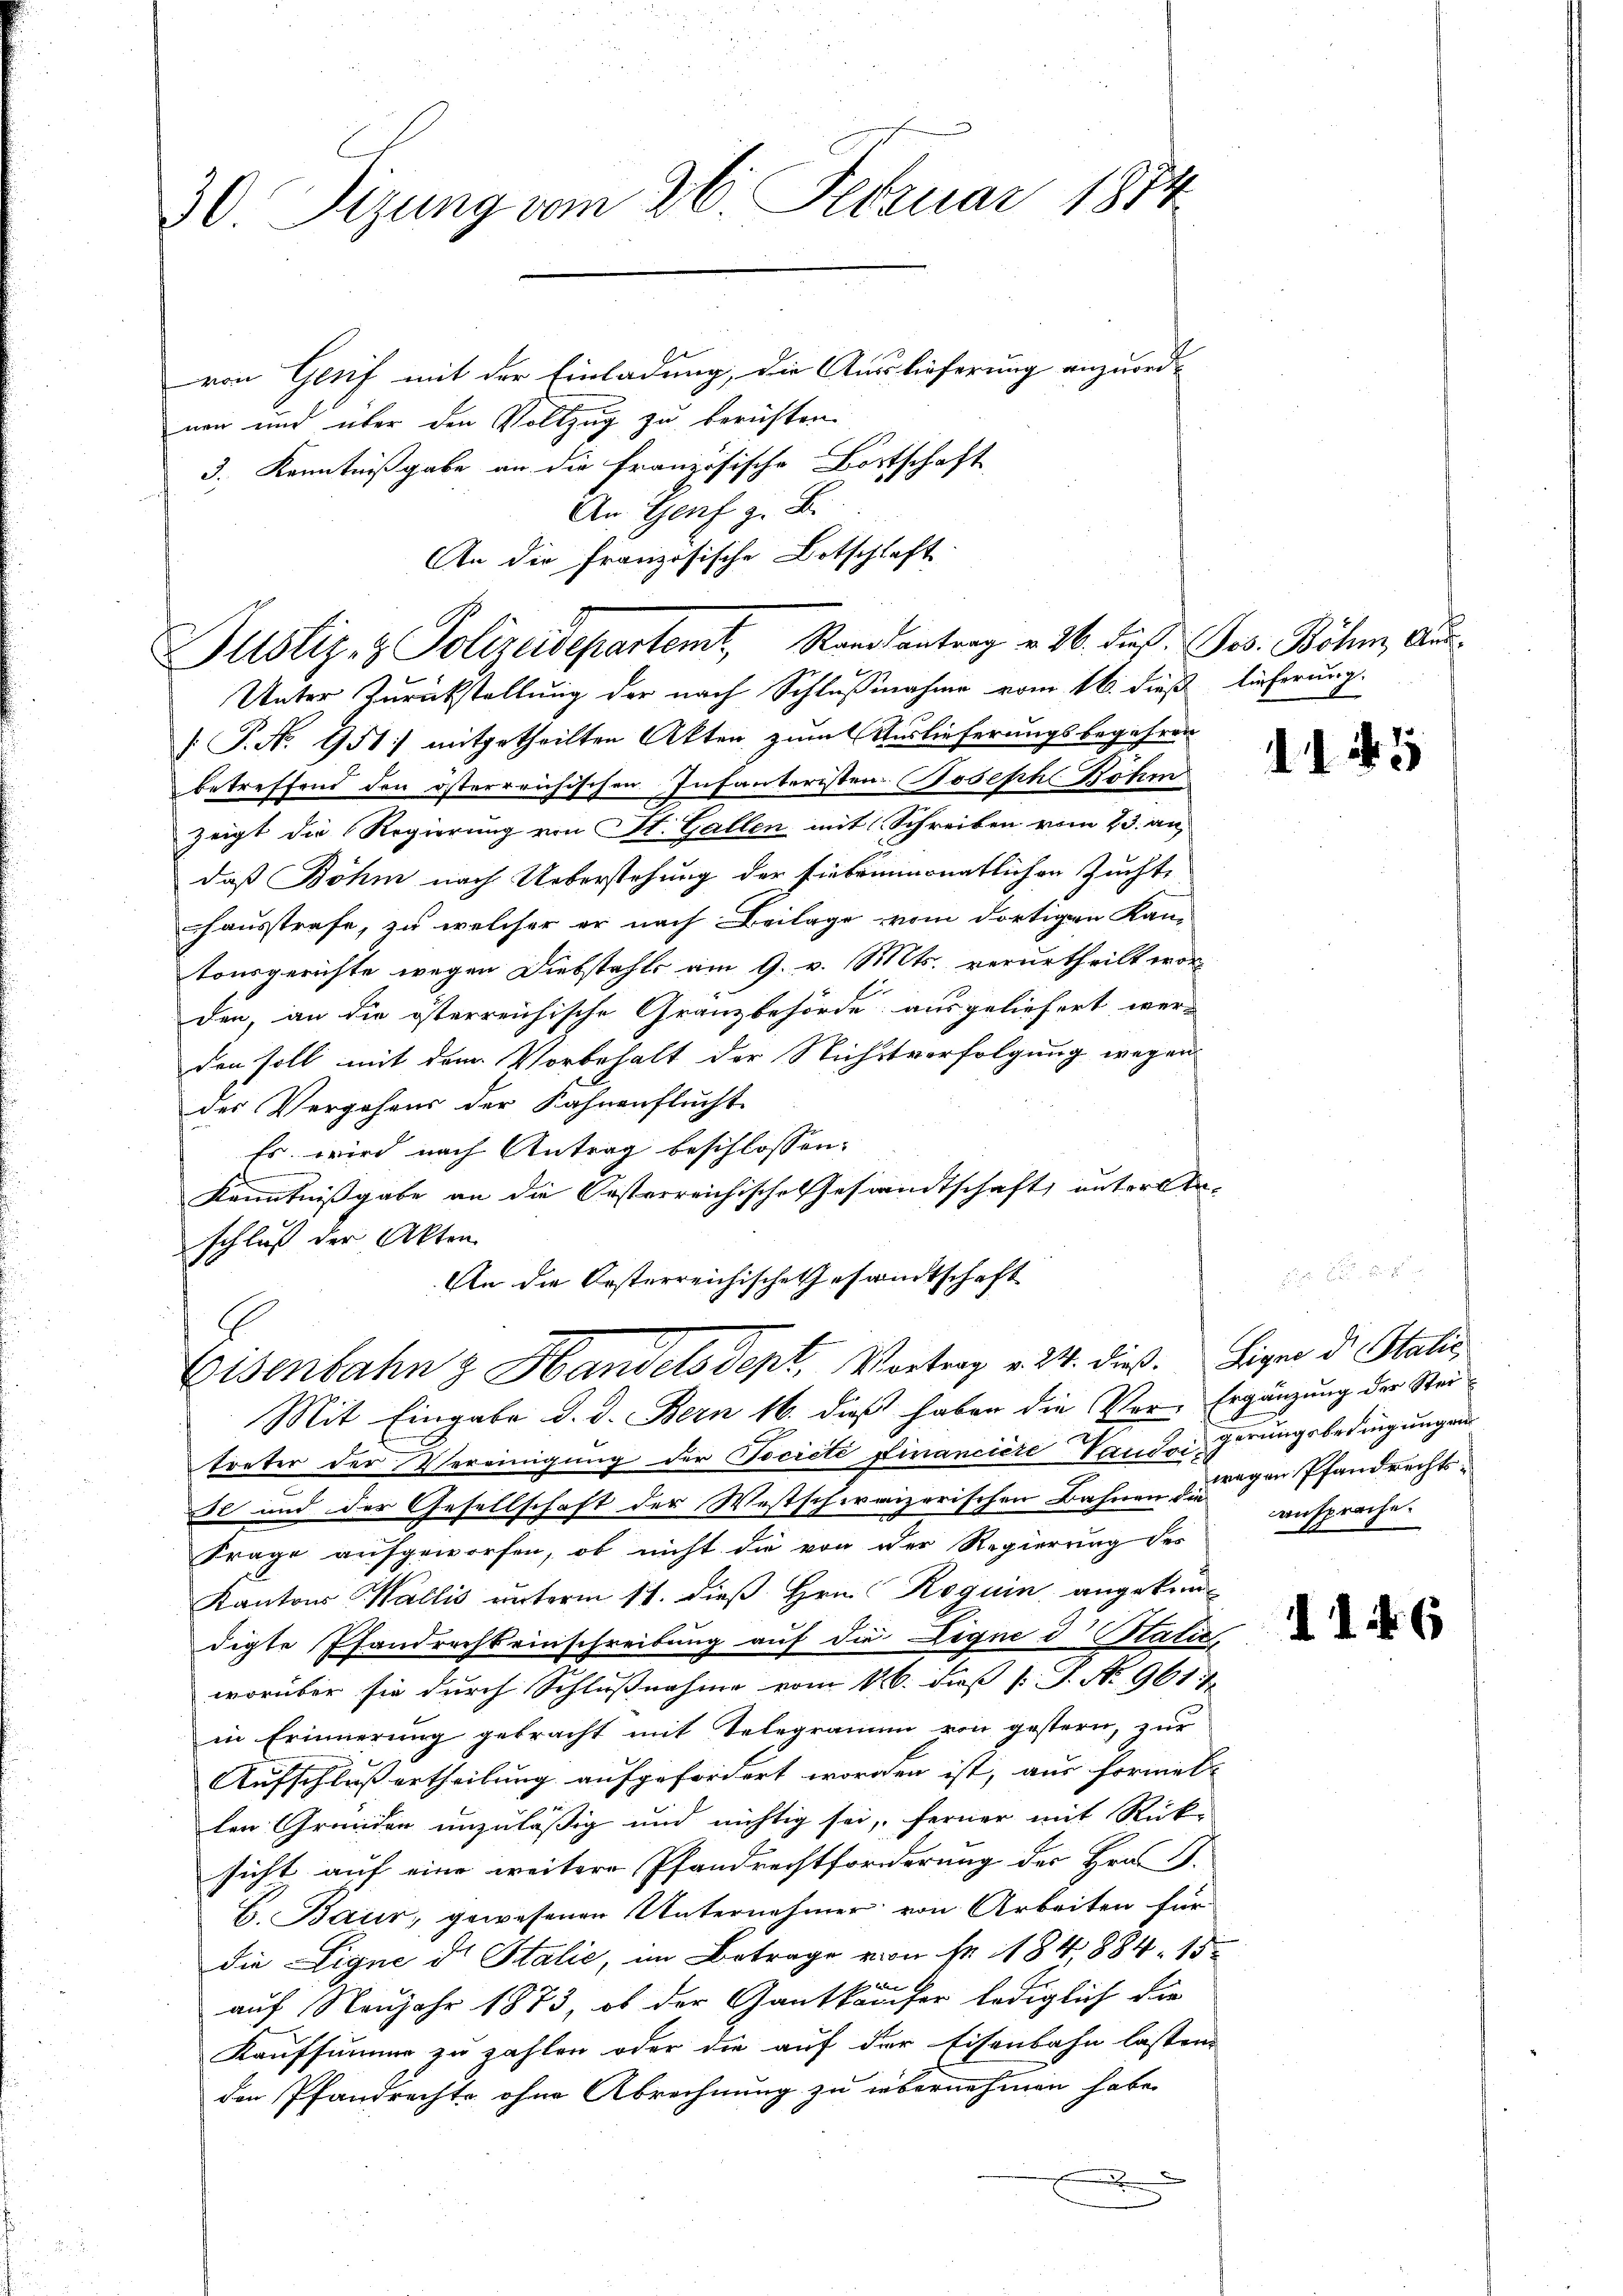
30 Tizung vom 26. Februar 1814.
von Genf mit der Einladung, die Auslieferung anzuordnen und über den Vollzug zu beruhten.

3., Kenntnißgabe an die Französische Bortschaft
An Genf z. B.
An die Französische Botschlaft
Justiz- & Polizeidepartemt, Randsantrag v. 26. dieß Jos. Böhm Aus¬
Unter Zurückstellung der nach Schlußnahme vom 16. dieß lieferung.
.P. No. 951 mitgetheilten Akten zum Auslieferungsbegehren
betreffend den österreichischen Infanteristen Joseph Böhm
zeigt die Regierung von St. Gallen mit Schreiben vom 23. an
daß Böhm nach Ueberstehung der siebeinmonatlichen Zucht,
hausstrafe, zu welcher er nach Beilage vom dortigen Kam-
tonsgerichte wegen Diebstahls am 9. v. Mts. verurtheilt wor
den, an die österreichische Granzbehörde ausgeliefert werden soll mit dem Vorbehalt der Nichtsverfolgung wegen
des Vergehens der Kahnenflucht
Es wird nach Antrag beschlossen:
s
Kenntnißgabe an die Oesterreichische Gesandtschaft, untersta
schluß der Akten
An die besterreichische Gesandtschaft

treter der Vereinigung der Tociété financiere Landeigerungsbedingungen
se und der Gesellschaft der Westschweizerischen Bahnen angen Pfandrechts-
Frage aufgeworfen, ob nicht die von der Regierung des
Kantons Wallis unterm 11. dieß Hrn. Roguin angekomdigte Pfandrechteinschreibung auf die Ligne d Stati,
worüber sie durch Schlußnahme vom 16. Fuß l. J. No 961. 4
in Erinnerung gebracht mit Telegramm von gestern, zur
Aufschluß ertheilung aufgefordert worden ist, aus formel-
n
len Gründen unzuläßig und nichtig sei, ferner mit Rück-
sicht auf eine weitere Pfandrechtforderung der Hrn. S.
B. Baur, gewesenen Unternehmer von Arbeiten für
die Eigne d. Stalie, im Betrage von fr. 184,884. 15.
auf Neujahr 1873, ob der Gantkäufer lediglich die
Kaufsumme zu zahlen oder die auf der Eisenbahn lassen,
den Pfandrechte ohne Abrechnung zu übernehmen habe.

Eisenbahn & Handelsdept, Vortrag v. 24. dieß. Eigen der Statis
Mit Eingabe d. d. Bern 16. dieß haben die Ver- Ergänzung der Stei

1147

ansprache.

1146